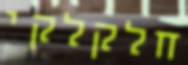
חלקלקי